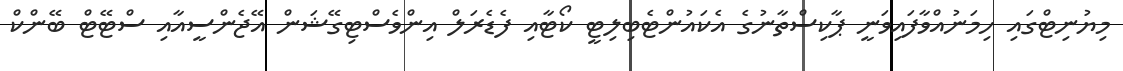
މިޔުނިޓްގައި ހިމަނުއްވާފައިވަނީ ޕާކިސްތާނުގެ އެކައުންޓެބިލިޓީ ކޯޓާއި ފެޑެރަލް އިންވެސްޓިގޭޝަން އޭޖެންސީއާއި ސްޓޭޓް ބޭންކް